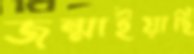
জন্মাইয়াছি